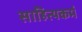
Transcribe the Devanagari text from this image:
साहित्यकर्म